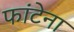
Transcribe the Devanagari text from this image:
फांटेना